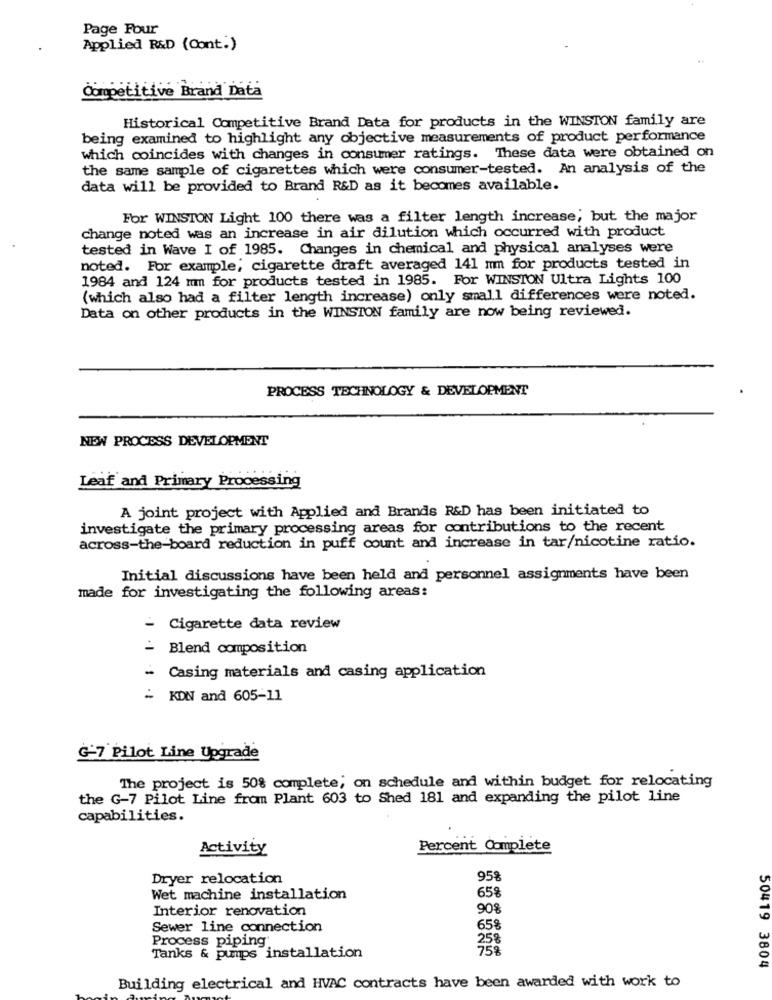
Page Four
Applied R&D (Cont.)
Competitive Brand Data
Historical Competitive Brand Data for products in the WINSTON family are
being examined to highlight any objective measurements of product performance
which coincides with changes in consumer ratings. These data were obtained on
the same sample of cigarettes which were consumer-tested. An analysis of the
data will be provided to Brand R&D as it becomes available.
For WINSTON Light 100 there was a filter length increase; but the major
change noted was an increase in air dilution which occurred with product
tested in Wave I of 1985. Changes in chemical and physical analyses were
noted. For example; cigarette draft averaged 141 mm for products tested in
1984 and 124 mm for products tested in 1985. For WINSTON Ultra Lights 100
(which also had a filter length increase) only small differences were noted.
Data on other products in the WINSTON family are now being reviewed.
PROCESS TECHNOLOGY & DEVELOPMENT
NEW PROCESS DEVELOPMENT
Leaf and Primary Processing
A joint project with Applied and Brands R&D has been initiated to
investigate the primary processing areas for contributions to the recent
across-the-board reduction in puff count and increase in tar/nicotine ratio.
Initial discussions have been held and personnel assignments have been
made for investigating the following areas:
- Cigarette data review
=
Blend composition
- Casing materials and casing application
= KDN and 605-11
G-7 Pilot Line Upgrade
The project is 50% complete; on schedule and within budget for relocating
the G-7 Pilot Line from Plant 603 to Shed 181 and expanding the pilot line
capabilities.
Activity
Percent Complete
Dryer relocation
95g
Wet machine installation
658
Interior renovation
90%
Sewer line connection
65%
Process piping
Tanks & pumps installation
50419 3804
Building electrical and HVAC contracts have been awarded with work to